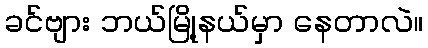
ခင်ဗျား ဘယ်မြို့နယ်မှာ နေတာလဲ။